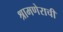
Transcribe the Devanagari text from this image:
श्रामणेराची